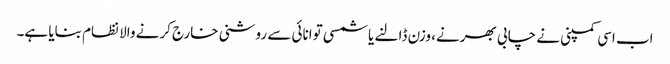
اب اسی کمپنی نے چابی بھرنے، وزن ڈالنے یا شمسی توانائی سے روشنی خارج کرنے والا نظام بنایا ہے۔